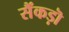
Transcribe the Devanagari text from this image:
सैंकड़ॊ